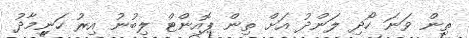
ތިން ވަނަ ހޯދި ލަންދު އަށް ތިން ޕޮއިންޓް ލިބުނު އިރު ހަނިމާދު